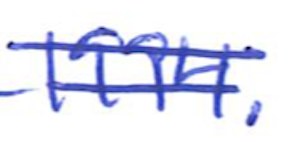
Text: 1994.
Cross-out: double-line
Writing tool: ballpoint